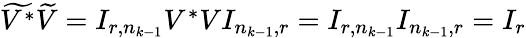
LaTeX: \begin{array}{r}{\widetilde{V^{*}}\widetilde{V}=I_{r,n_{k-1}}V^{*}VI_{n_{k-1},r}=I_{r,n_{k-1}}I_{n_{k-1},r}=I_{r}}\end{array}